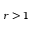
r > 1